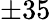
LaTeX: \pm 35